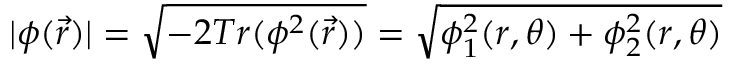
| \phi ( \vec { r } ) | = \sqrt { - 2 T r ( \phi ^ { 2 } ( \vec { r } ) ) } = \sqrt { \phi _ { 1 } ^ { 2 } ( r , \theta ) + \phi _ { 2 } ^ { 2 } ( r , \theta ) }